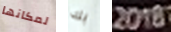
لمكانها بك 2018